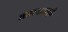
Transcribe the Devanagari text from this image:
कारकामुळे